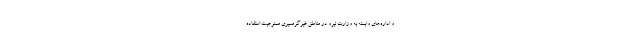
و اداره‌های وابسته به وزارت نیرو در مناطق غیرگرمسیری ممنوعیت استفاده